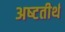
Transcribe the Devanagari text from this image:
अष्‍टतीर्थ